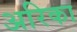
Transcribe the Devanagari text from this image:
अरिका